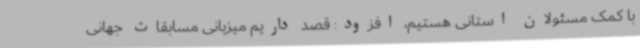
با کمک مسئولان استانی هستیم، افزود: قصد داریم میزبانی مسابقات جهانی